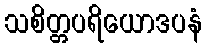
သစိတ္တပရိယောဒပနံ